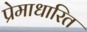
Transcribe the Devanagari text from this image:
प्रेमाधारित